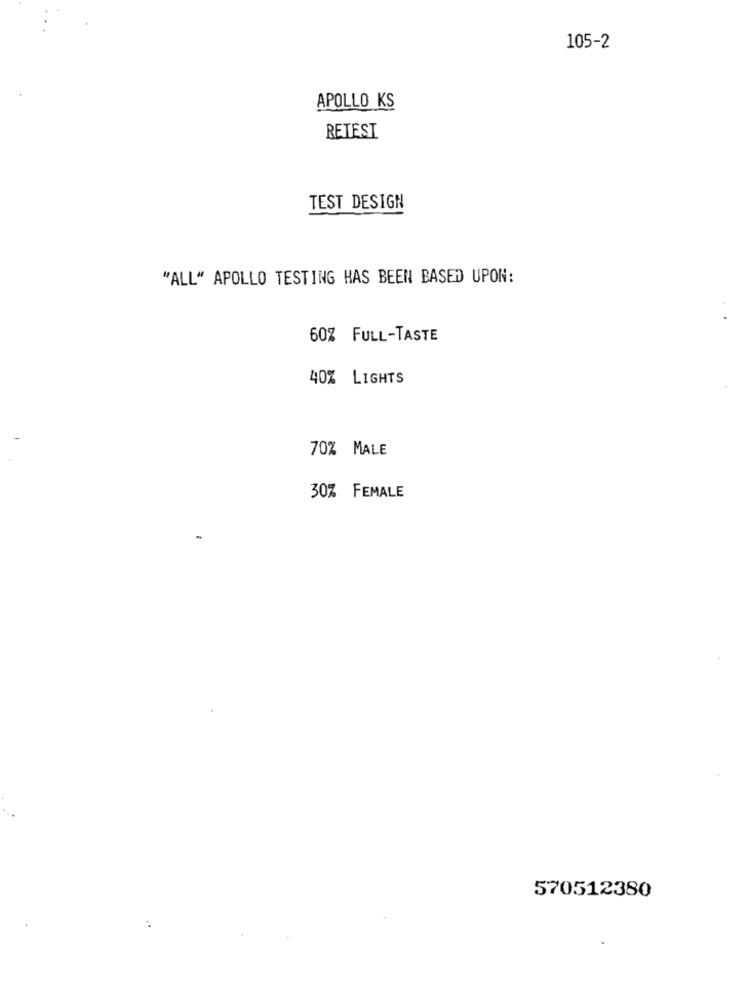
105-2
APOLLO KS
RETEST
TEST DESIGN
"ALL" APOLLO TESTING HAS BEEN BASED UPON:
60% FULL-TASTE
40% LIGHTS
70% MALE
30% FEMALE
570512380